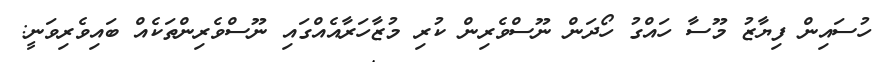
ހުސައިން ފިޔާޒު މޫސާ ހައްގު ހޯދަން ނޫސްވެރިން ކުރި މުޒާހަރާއެއްގައި ނޫސްވެރިންތަކެއް ބައިވެރިވަނީ: